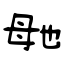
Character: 毑